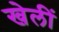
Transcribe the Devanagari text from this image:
खेलीं